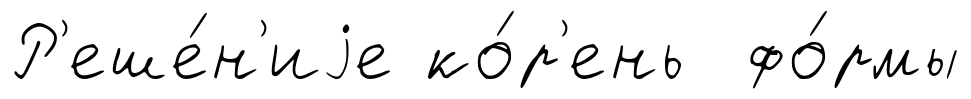
Р'еше́н'иjе ко́р'ень фо́рмы